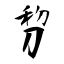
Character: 剓